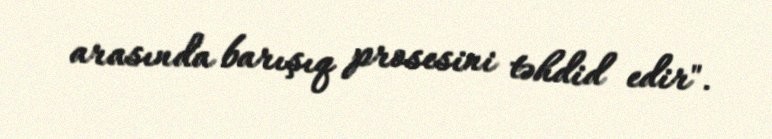
arasında barışıq prosesini təhdid edir".